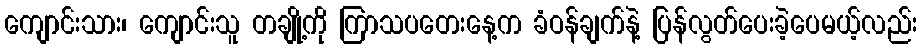
ကျောင်းသား၊ ကျောင်းသူ တချို့ကို ကြာသပတေးနေ့က ခံဝန်ချက်နဲ့ ပြန်လွတ်ပေးခဲ့ပေမယ့်လည်း